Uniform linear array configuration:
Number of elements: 8
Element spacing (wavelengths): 0.5
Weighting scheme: exponential
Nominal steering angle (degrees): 30
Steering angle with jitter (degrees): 29.639
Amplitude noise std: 0.05
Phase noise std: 0.05

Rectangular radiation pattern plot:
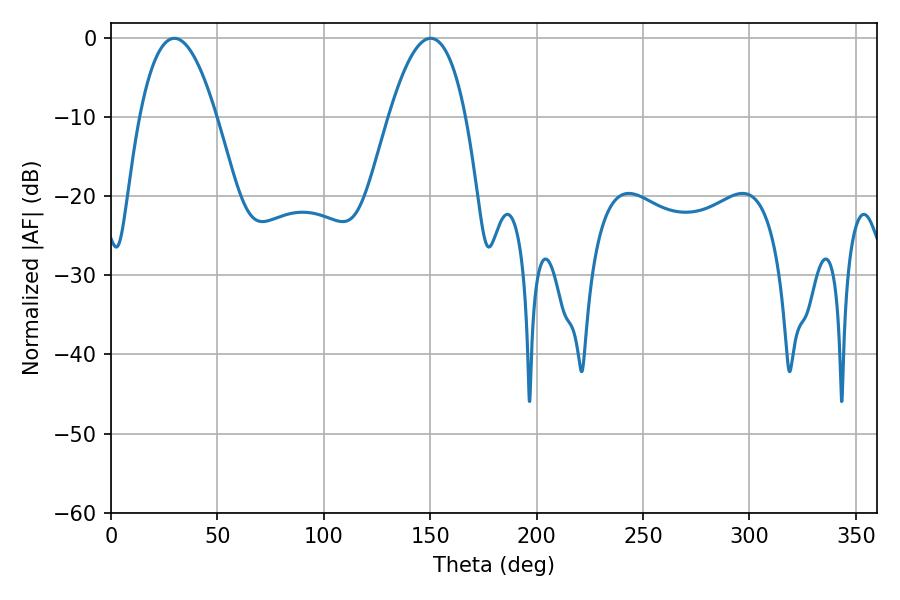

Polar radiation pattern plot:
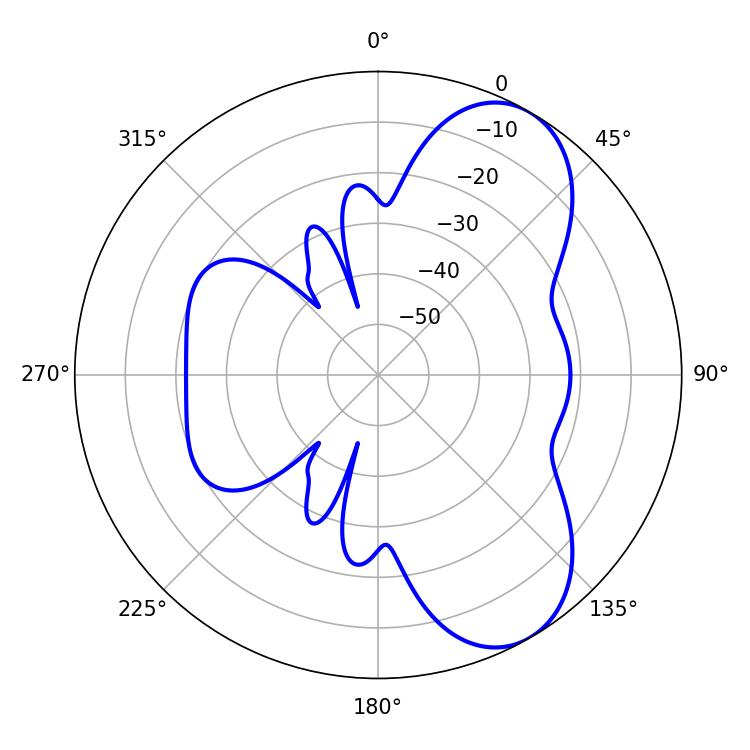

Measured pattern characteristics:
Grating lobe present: FALSE
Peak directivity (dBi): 7.283
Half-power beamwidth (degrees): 19.98
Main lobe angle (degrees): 29.88